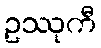
ဥဿုကီ